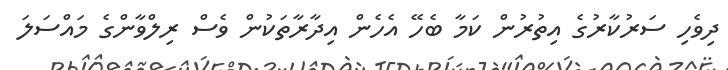
ދިވެހި ސަރުކާރުގެ އިތުރުން ކަމާ ބެހޭ އެހެން އިދާރާތަކުން ވެސް ރިލްވާންގެ މައްސަލަ